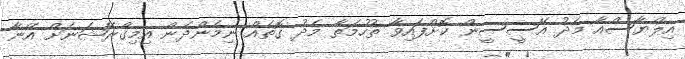
އިލްޔާސްއާ މެދު އޭސީސީން ކޮށްފައިވާ ތުހުމަތާ މެދު ގޮތެއް ނިމެންދެން އިމިގްރޭޝަނަށް އޭނާ